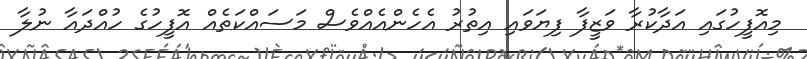
މިއޮފީހުގައި އަދާކުރާ ވަޒީފާ ފިޔަވައި އިތުރު އެހެންއެއްވެސް މަސައްކަތެއް އޮފީހުގެ ހުއްދައާ ނުލާ